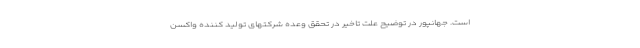
است. جهانپور در توضیح علت تاخیر در تحقق وعده شرکتهای تولید کننده واکسن